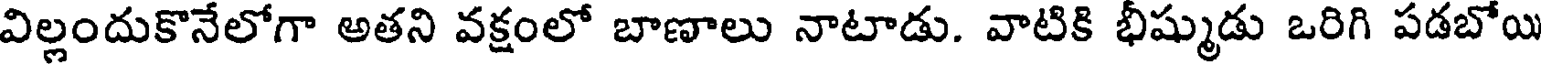
విల్లందుకొనేలోగా అతని వక్షంలో బాణాలు నాటాడు. వాటికి భీష్ముడు ఒరిగి పడబోయి